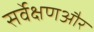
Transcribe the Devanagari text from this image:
सर्वेक्षणऔर